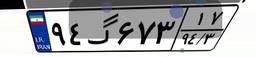
۹۴گ۶۷۳۱۷